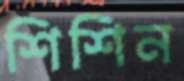
শিশিন